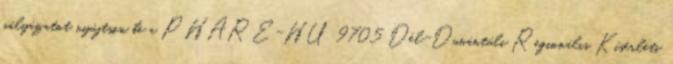
pályázatot nyújtson be a PHARE-HU 9705 Dél-Dunántúli Regionális Kísérleti